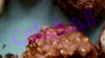
المقبلات